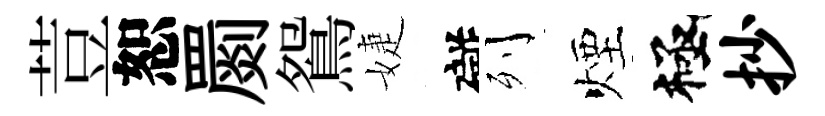
荳恕罽鴛婕礙列煙極抄